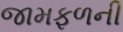
જામફળની